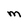
Character: M